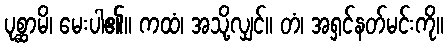
ပုစ္ဆာမိ၊ မေးပါ၏။ ကထံ၊ အသို့လျှင်။ တံ၊ အရှင်နတ်မင်းကို။